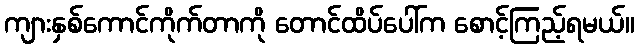
ကျားနှစ်ကောင်ကိုက်တာကို တောင်ထိပ်ပေါ်က စောင့်ကြည့်ရမယ်။